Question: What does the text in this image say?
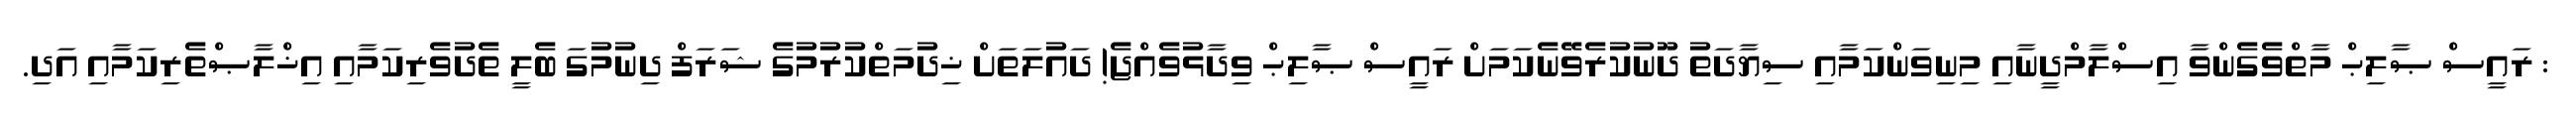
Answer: : ރައީސް ޞާލިޙް މާތްވެގެންވާ އިސްލާމްދީނާއި މިނިވަންކަމާއި ސިޔާދަތު ދޫނުކުރެވޭނެކަމަށް ރައީސް ޞާލިޙް ވިދާޅުވެއްޖެ! ދައުލަތަށް ޚިދުމަތްކުރުމުގެ ޝަރަފް ދިނުމުގަ ބެލީ ތެދުވެރިކަމާއި އިޚްލާޞްތެރިކަމާއި އަދި.